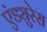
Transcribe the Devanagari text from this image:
एंड्युरेस